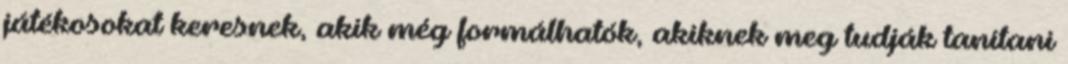
játékosokat keresnek, akik még formálhatók, akiknek meg tudják tanítani